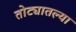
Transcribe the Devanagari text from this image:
तोट्यातल्या